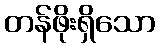
တန်ဖိုးရှိသော